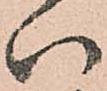
い